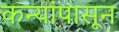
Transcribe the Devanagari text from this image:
कन्यांपासून